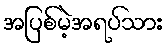
အပြစ်မဲ့အရပ်သား